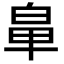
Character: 𮮳